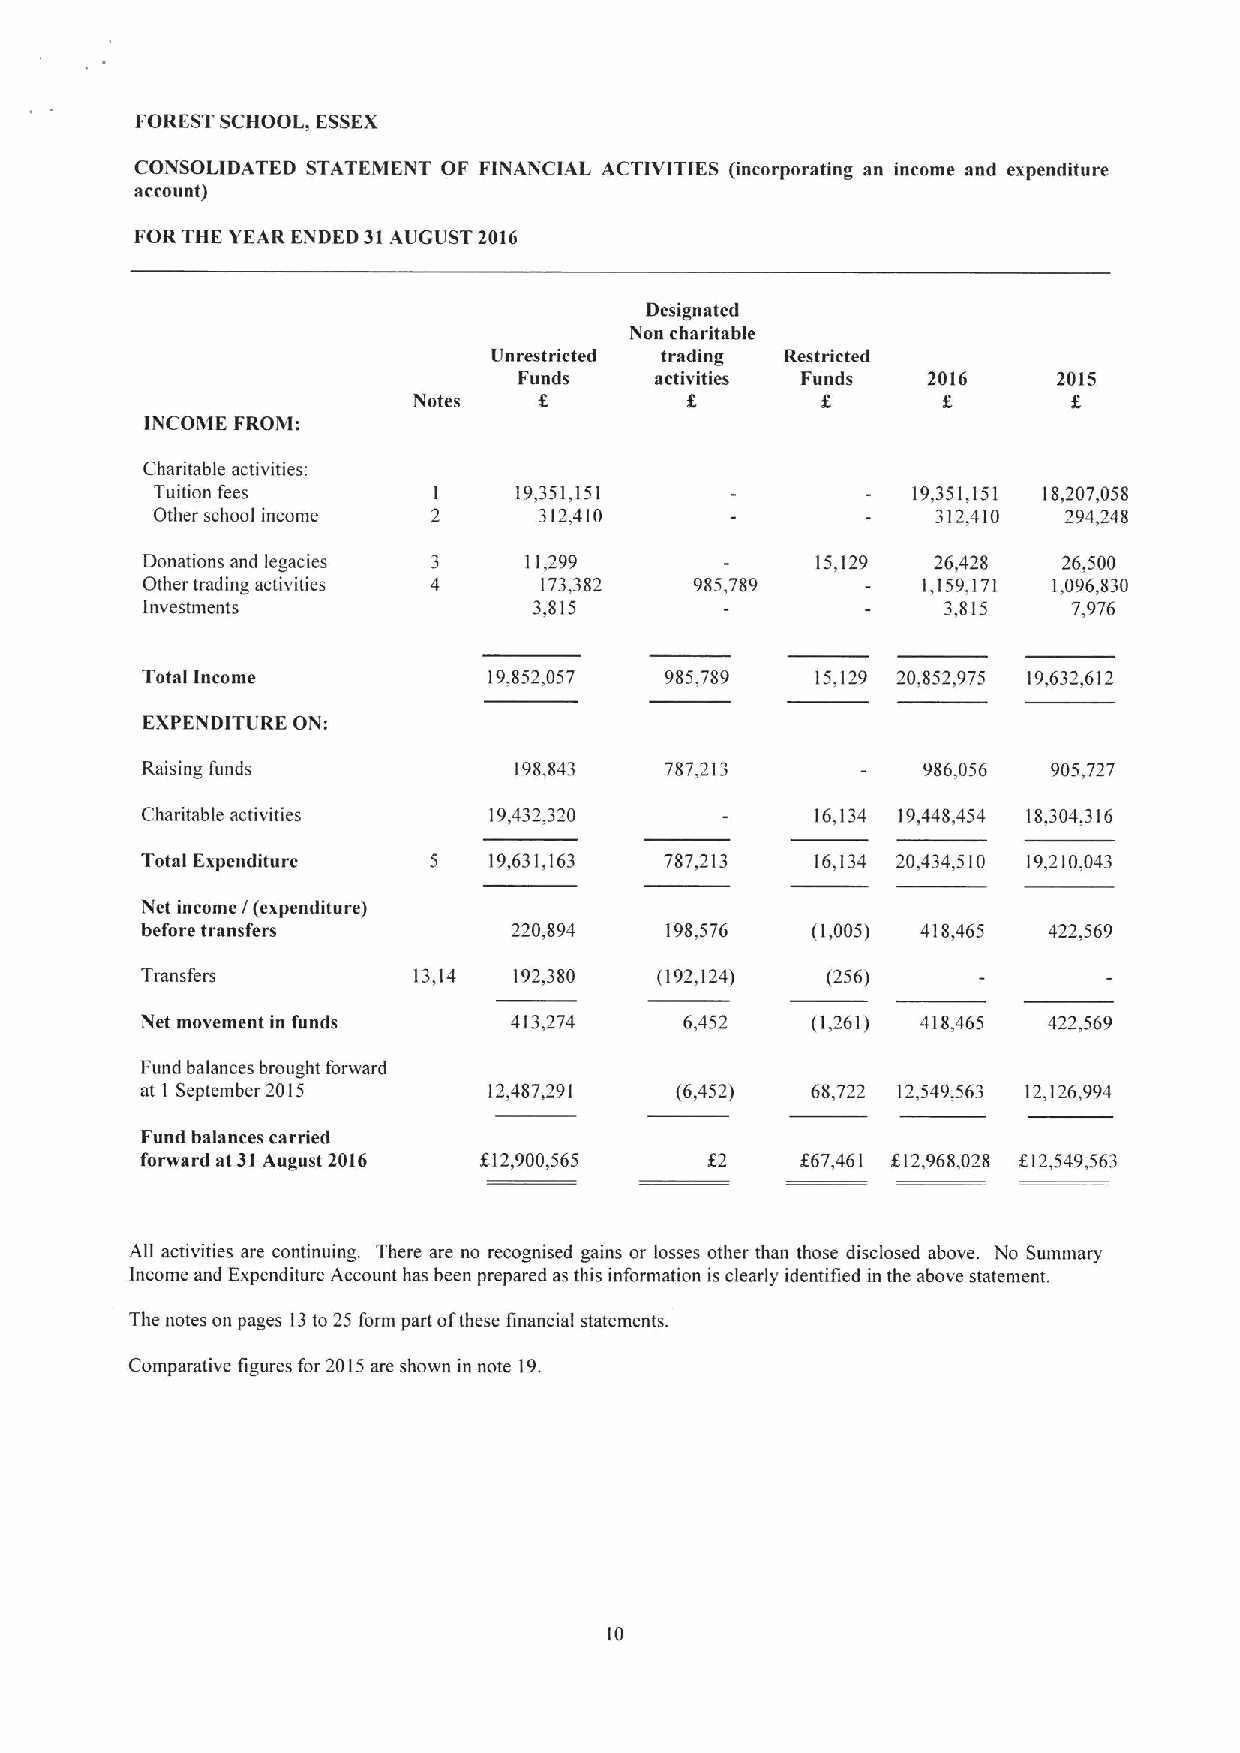
FORESTSCHOOL, ESSEX
 CONSOLIDATED STATEMENT OF FINANCIAL ACTIVITIES (incorporating an income and expenditure
 account)
 FORTHE YEAR ENDED 31AUGUST 2016
 Designated
 Non charitable
 Unrestricted trading Restricted
 Funds    activities Funds  2016     2015
 Notes
 INCOME FROM:
 Charitable activities:
 Tuition fees            19,351,151                19,351,151 18,207,058
 Other school income       312,410                   312,410  294,248
 Donations and legacies    11,299             15,129  26,428  26,500
 Other trading activities   173,382   985,789        1,159,171 1,096,830
 Investments               3,815                       3,815   7,976
 Total Income           19,852,057  985,789   15,129 20,852,975 19,632,612
 EXPENDITURE ON:
 Raising funds            198,843   787,213          986,056  905,727
 Charitable activities  19,432,320            16,134 19,448,454 18,304,316
 Total Expenditure  5   19,631,163  787,213   16,134 20,434,510 19,210,043
 Net income I(expenditure)
 before transfers         220,894   198,576   (1,005) 418,465 422,569
 Transfers         13,14  192,380  (192,124)   (256)
 Net movement in funds    413,274    6,452    (1,261) 418,465 422,569
 Fund balances brought forward
 at I September 2015    12,487,291   (6,452)  68,722 12,549,563 12,126,994
 Fund balances carried
 forward at 31August 2016 612,900,565  62    667,461 f12,968,028 f.12,549,563
 All activities are continuing. There are no recognised gains or losses other than those disclosed above. No Summary
 Income and Expenditure Account has been prepared as this information is clearly identified in the above statement.
 The notes on pages 13to 25 form part ofthese financial statements.
 Comparative figures for 2015are shown in note 19.
 10